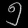
Digit: ၅